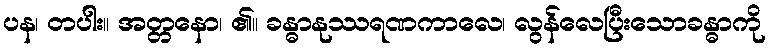
ပန၊ တပါး။ အတ္တနော၊ ၏။ ခန္ဓာနုဿရဏကာလေ၊ လွန်လေပြီးသောခန္ဓာကို